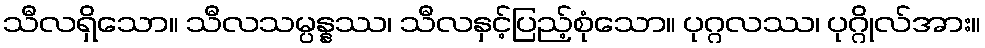
သီလရှိသော။ သီလသမ္ပန္နဿ၊ သီလနှင့်ပြည့်စုံသော။ ပုဂ္ဂလဿ၊ ပုဂ္ဂိုလ်အား။